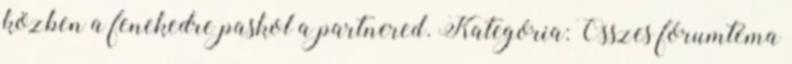
közben a fenekedre paskol a partnered. Kategória: Összes fórumtéma